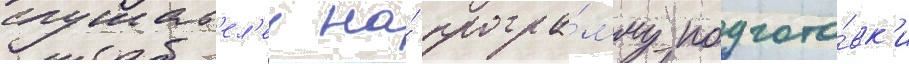
слушат'ел'еи на́ програ́мму подгото́вк'и